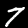
Label: 7